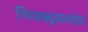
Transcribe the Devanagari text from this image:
भिक्खूसमवेत